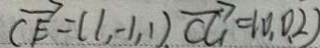
\overrightarrow { C E } = ( 1 , - 1 , 1 ) \overrightarrow { C G } ( 1 , 0 , 2 )